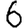
Digit: 6